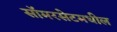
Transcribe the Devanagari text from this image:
सॉमरसेटमधील